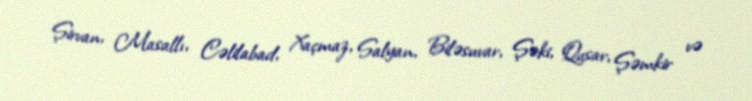
Şirvan, Masallı, Cəlilabad, Xaçmaz, Salyan, Biləsuvar, Şəki, Qusar, Şəmkir və